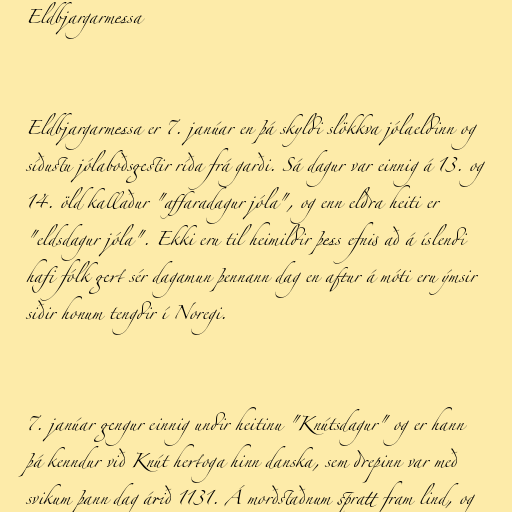
Eldbjargarmessa

Eldbjargarmessa er 7. janúar en þá skyldi slökkva jólaeldinn og
síðustu jólaboðsgestir ríða frá garði. Sá dagur var einnig á 13. og
14. öld kallaður "affaradagur jóla", og enn eldra heiti er
"eldsdagur jóla". Ekki eru til heimildir þess efnis að á íslendi
hafi fólk gert sér dagamun þennann dag en aftur á móti eru ýmsir
siðir honum tengdir í Noregi.

7. janúar gengur einnig undir heitinu "Knútsdagur" og er hann
þá kenndur við Knút hertoga hinn danska, sem drepinn var með
svikum þann dag árið 1131. Á morðstaðnum spratt fram lind, og